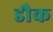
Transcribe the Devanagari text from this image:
डौक